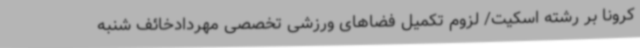
کرونا بر رشته اسکیت/ لزوم تکمیل فضاهای ورزشی تخصصی مهردادخائف شنبه